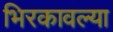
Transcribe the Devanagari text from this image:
भिरकावल्या